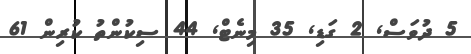
5 ދުވަސް